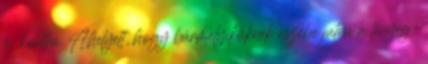
és kontra. Ahelyett, hogy bármelyiküknek eszébe jutna a lényeg: